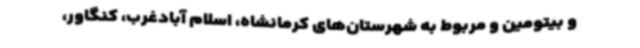
و بیتومین و مربوط به شهرستان‌های کرمانشاه، اسلام آبادغرب، کنگاور،